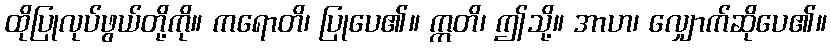
ထိုပြုလုပ်ဖွယ်တို့ကို။ ကရောတိ၊ ပြုပေ၏။ ဣတိ၊ ဤသို့။ အာဟ၊ လျှောက်ဆိုပေ၏။